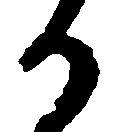
か